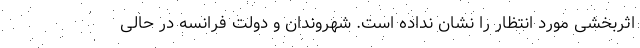
اثربخشی مورد انتظار را نشان نداده است. شهروندان و دولت فرانسه در حالی